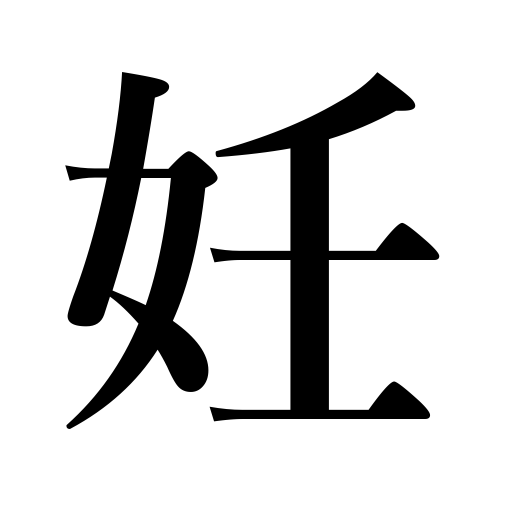
Meanings: be pregnant,become pregnant,be filled with